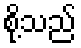
စို့သည်